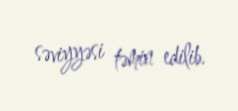
səviyyəsi təmin edilib.